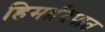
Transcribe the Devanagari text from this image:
हिमाद्रिपात